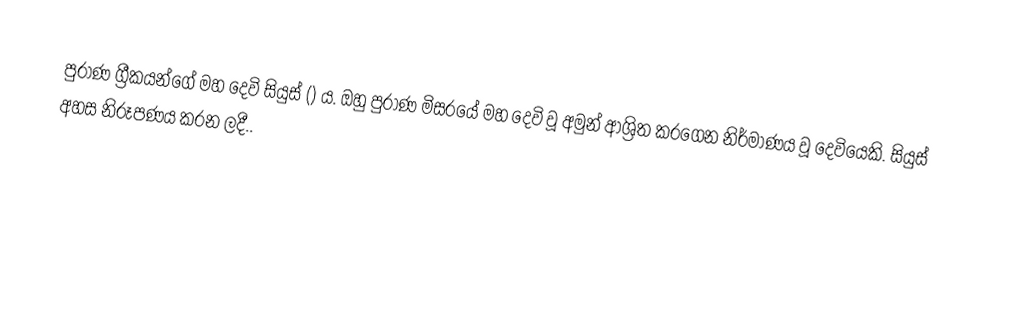
පුරාණ ග්‍රීකයන්ගේ මහ දෙවි සියුස් () ය. ඔහු පුරාණ මිසරයේ මහ දෙවි වූ අමුන් ආශ්‍රිත කරගෙන නිර්මාණය වූ දෙවියෙකි. සියුස් අහස නිරූපණය කරන ලදී..